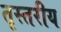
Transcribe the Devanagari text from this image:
तृस्तरीय